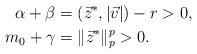
LaTeX: \begin{align*}\alpha+\beta &= (\vec z^*,|\vec v|)-r>0,\\m_0+\gamma &= \|\vec z^*\|_p^p>0.\end{align*}